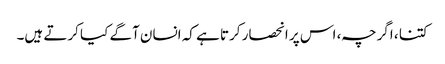
کتنا ، اگرچہ ، اس پر انحصار کرتا ہے کہ انسان آگے کیا کرتے ہیں۔